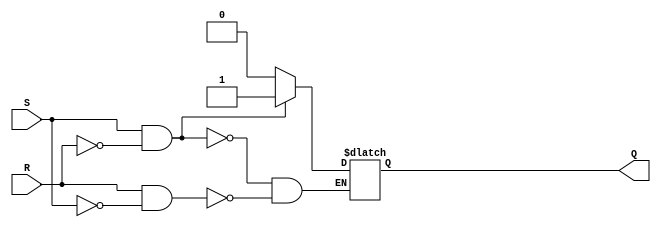
module sr_latch (
    input wire S, // Set input
    input wire R, // Reset input
    output reg Q // Output
);

always @ (S or R)
begin
    if (S && !R)
        Q <= 1;
    else if (R && !S)
        Q <= 0;
    // Undefined state if both inputs are high
end

endmodule